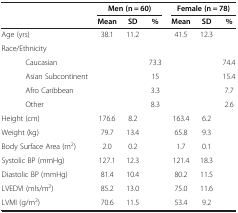
<table><thead><tr><td><b> </b></td><td colspan="3"><b>Men (n = 60)</b></td><td colspan="3"><b>Female (n = 78)</b></td></tr><tr><td><b> </b></td><td><b>Mean</b></td><td><b>SD</b></td><td><b>%</b></td><td><b>Mean</b></td><td><b>SD</b></td><td><b>%</b></td></tr></thead><tbody><tr><td>Age (yrs)</td><td>38.1</td><td>11.2</td><td> </td><td>41.5</td><td>12.3</td><td> </td></tr><tr><td>Race/Ethnicity</td><td> </td><td> </td><td> </td><td> </td><td> </td><td> </td></tr><tr><td>Caucasian</td><td> </td><td> </td><td>73.3</td><td> </td><td> </td><td>74.4</td></tr><tr><td>Asian Subcontinent</td><td> </td><td> </td><td>15</td><td> </td><td> </td><td>15.4</td></tr><tr><td>Afro Caribbean</td><td> </td><td> </td><td>3.3</td><td> </td><td> </td><td>7.7</td></tr><tr><td>Other</td><td> </td><td> </td><td>8.3</td><td> </td><td> </td><td>2.6</td></tr><tr><td>Height (cm)</td><td>176.6</td><td>8.2</td><td> </td><td>163.4</td><td>6.2</td><td> </td></tr><tr><td>Weight (kg)</td><td>79.7</td><td>13.4</td><td> </td><td>65.8</td><td>9.3</td><td> </td></tr><tr><td>Body Surface Area (m<sup>2</sup>)</td><td>2.0</td><td>0.2</td><td> </td><td>1.7</td><td>0.1</td><td> </td></tr><tr><td>Systolic BP (mmHg)</td><td>127.1</td><td>12.3</td><td> </td><td>121.4</td><td>18.3</td><td> </td></tr><tr><td>Diastolic BP (mmHg)</td><td>81.4</td><td>10.4</td><td> </td><td>80.2</td><td>11.5</td><td> </td></tr><tr><td>LVEDVI (mls/m<sup>2</sup>)</td><td>85.2</td><td>13.0</td><td> </td><td>75.0</td><td>11.6</td><td> </td></tr><tr><td>LVMI (g/m<sup>2</sup>)</td><td>70.6</td><td>11.5</td><td> </td><td>53.4</td><td>9.2</td><td> </td></tr></tbody></table>